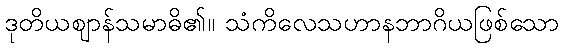
ဒုတိယဈာန်သမာဓိ၏။ သံကိလေသဟာနဘာဂိယဖြစ်သော